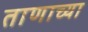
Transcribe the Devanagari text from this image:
ताणाच्या